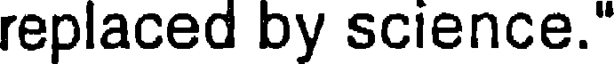
replaced by science."